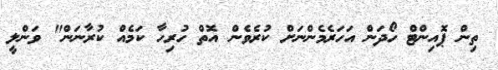
ތިން ޕޮއިންޓް ހޯދަން އަހަރެމެންނަށް ކުރެވެން އޮތް ހުރިހާ ކަމެއް ކުރާނަން" ވަންލީ